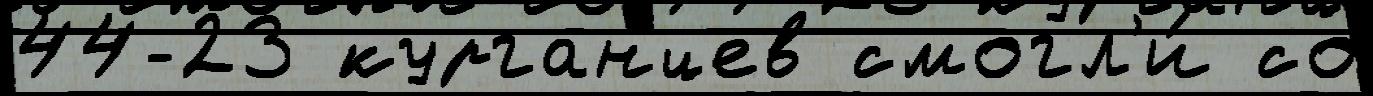
44-23 курганцев смогл'и́ со